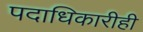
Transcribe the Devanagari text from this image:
पदाधिकारीही